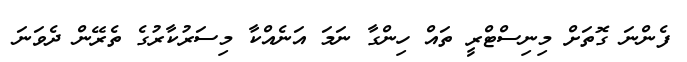
ފެންނަ ގޮތަށް މިނިސްޓްރީ ތައް ހިންގާ ނަމަ އަނެއްކާ މިސަރުކާރުގެ ތެރޭން ދެވަނަ